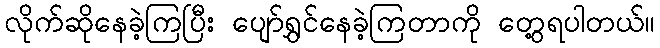
လိုက်ဆိုနေခဲ့ကြပြီး ပျော်ရွှင်နေခဲ့ကြတာကို တွေ့ရပါတယ်။